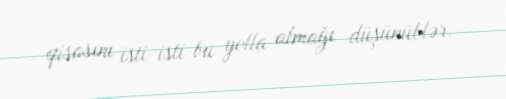
qisasını isti-isti bu yolla almağı düşünüblər.